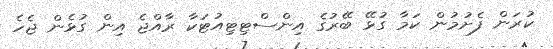
ކުރަން ފެށުމުން ކަމާ ގުޅޭ ބޭރުގެ އިންސްޓިޓިއުޓަކާ ރާއްޖެ އިން ގުޅެން ޖެހެ